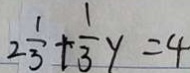
2 \frac { 1 } { 3 } + \frac { 1 } { 3 } y = 4